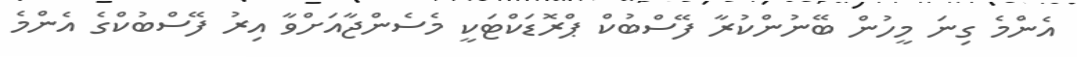
އެންމެ ގިނަ މީހުން ބޭނުންކުރާ ފޭސްބުކް ޕްރޮޑަކްޓަކީ މެސެންޖާއަށްވާ އިރު ފޭސްބުކްގެ އެންމެ